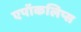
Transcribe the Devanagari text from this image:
एपॉकलिप्स